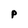
Character: P